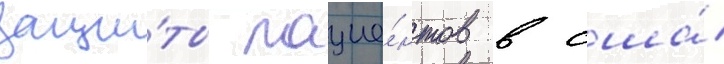
защи́ты пацие́нтов в сша́